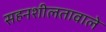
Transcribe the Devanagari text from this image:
सहनशीलतावाले